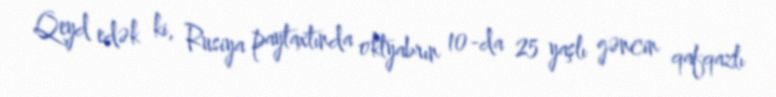
Qeyd edək ki, Rusiya paytaxtında oktyabrın 10-da 25 yaşlı gəncin qafqazlı